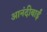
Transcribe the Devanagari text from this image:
आनंदीबाईं